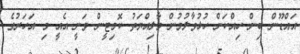
އައްޑޫން ބިން ހިއްކަން ހުޅުވާލުމުން މާލިއްޔަތު ކޮމިޓީން ވަނީ އެއީ މި އަހަރުގެ